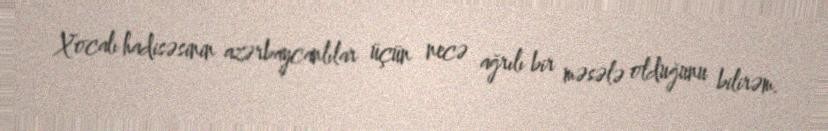
Xocalı hadisəsinin azərbaycanlılar üçün necə ağrılı bir məsələ olduğunu bilirəm.